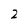
Character: 2